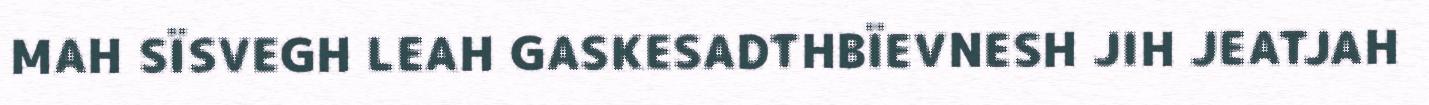
MAH SÏSVEGH LEAH GASKESADTHBÏEVNESH JIH JEATJAH